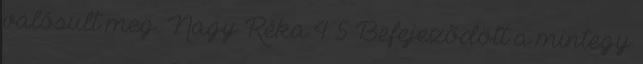
valósult meg. Nagy Réka 4 5 Befejezõdött a mintegy